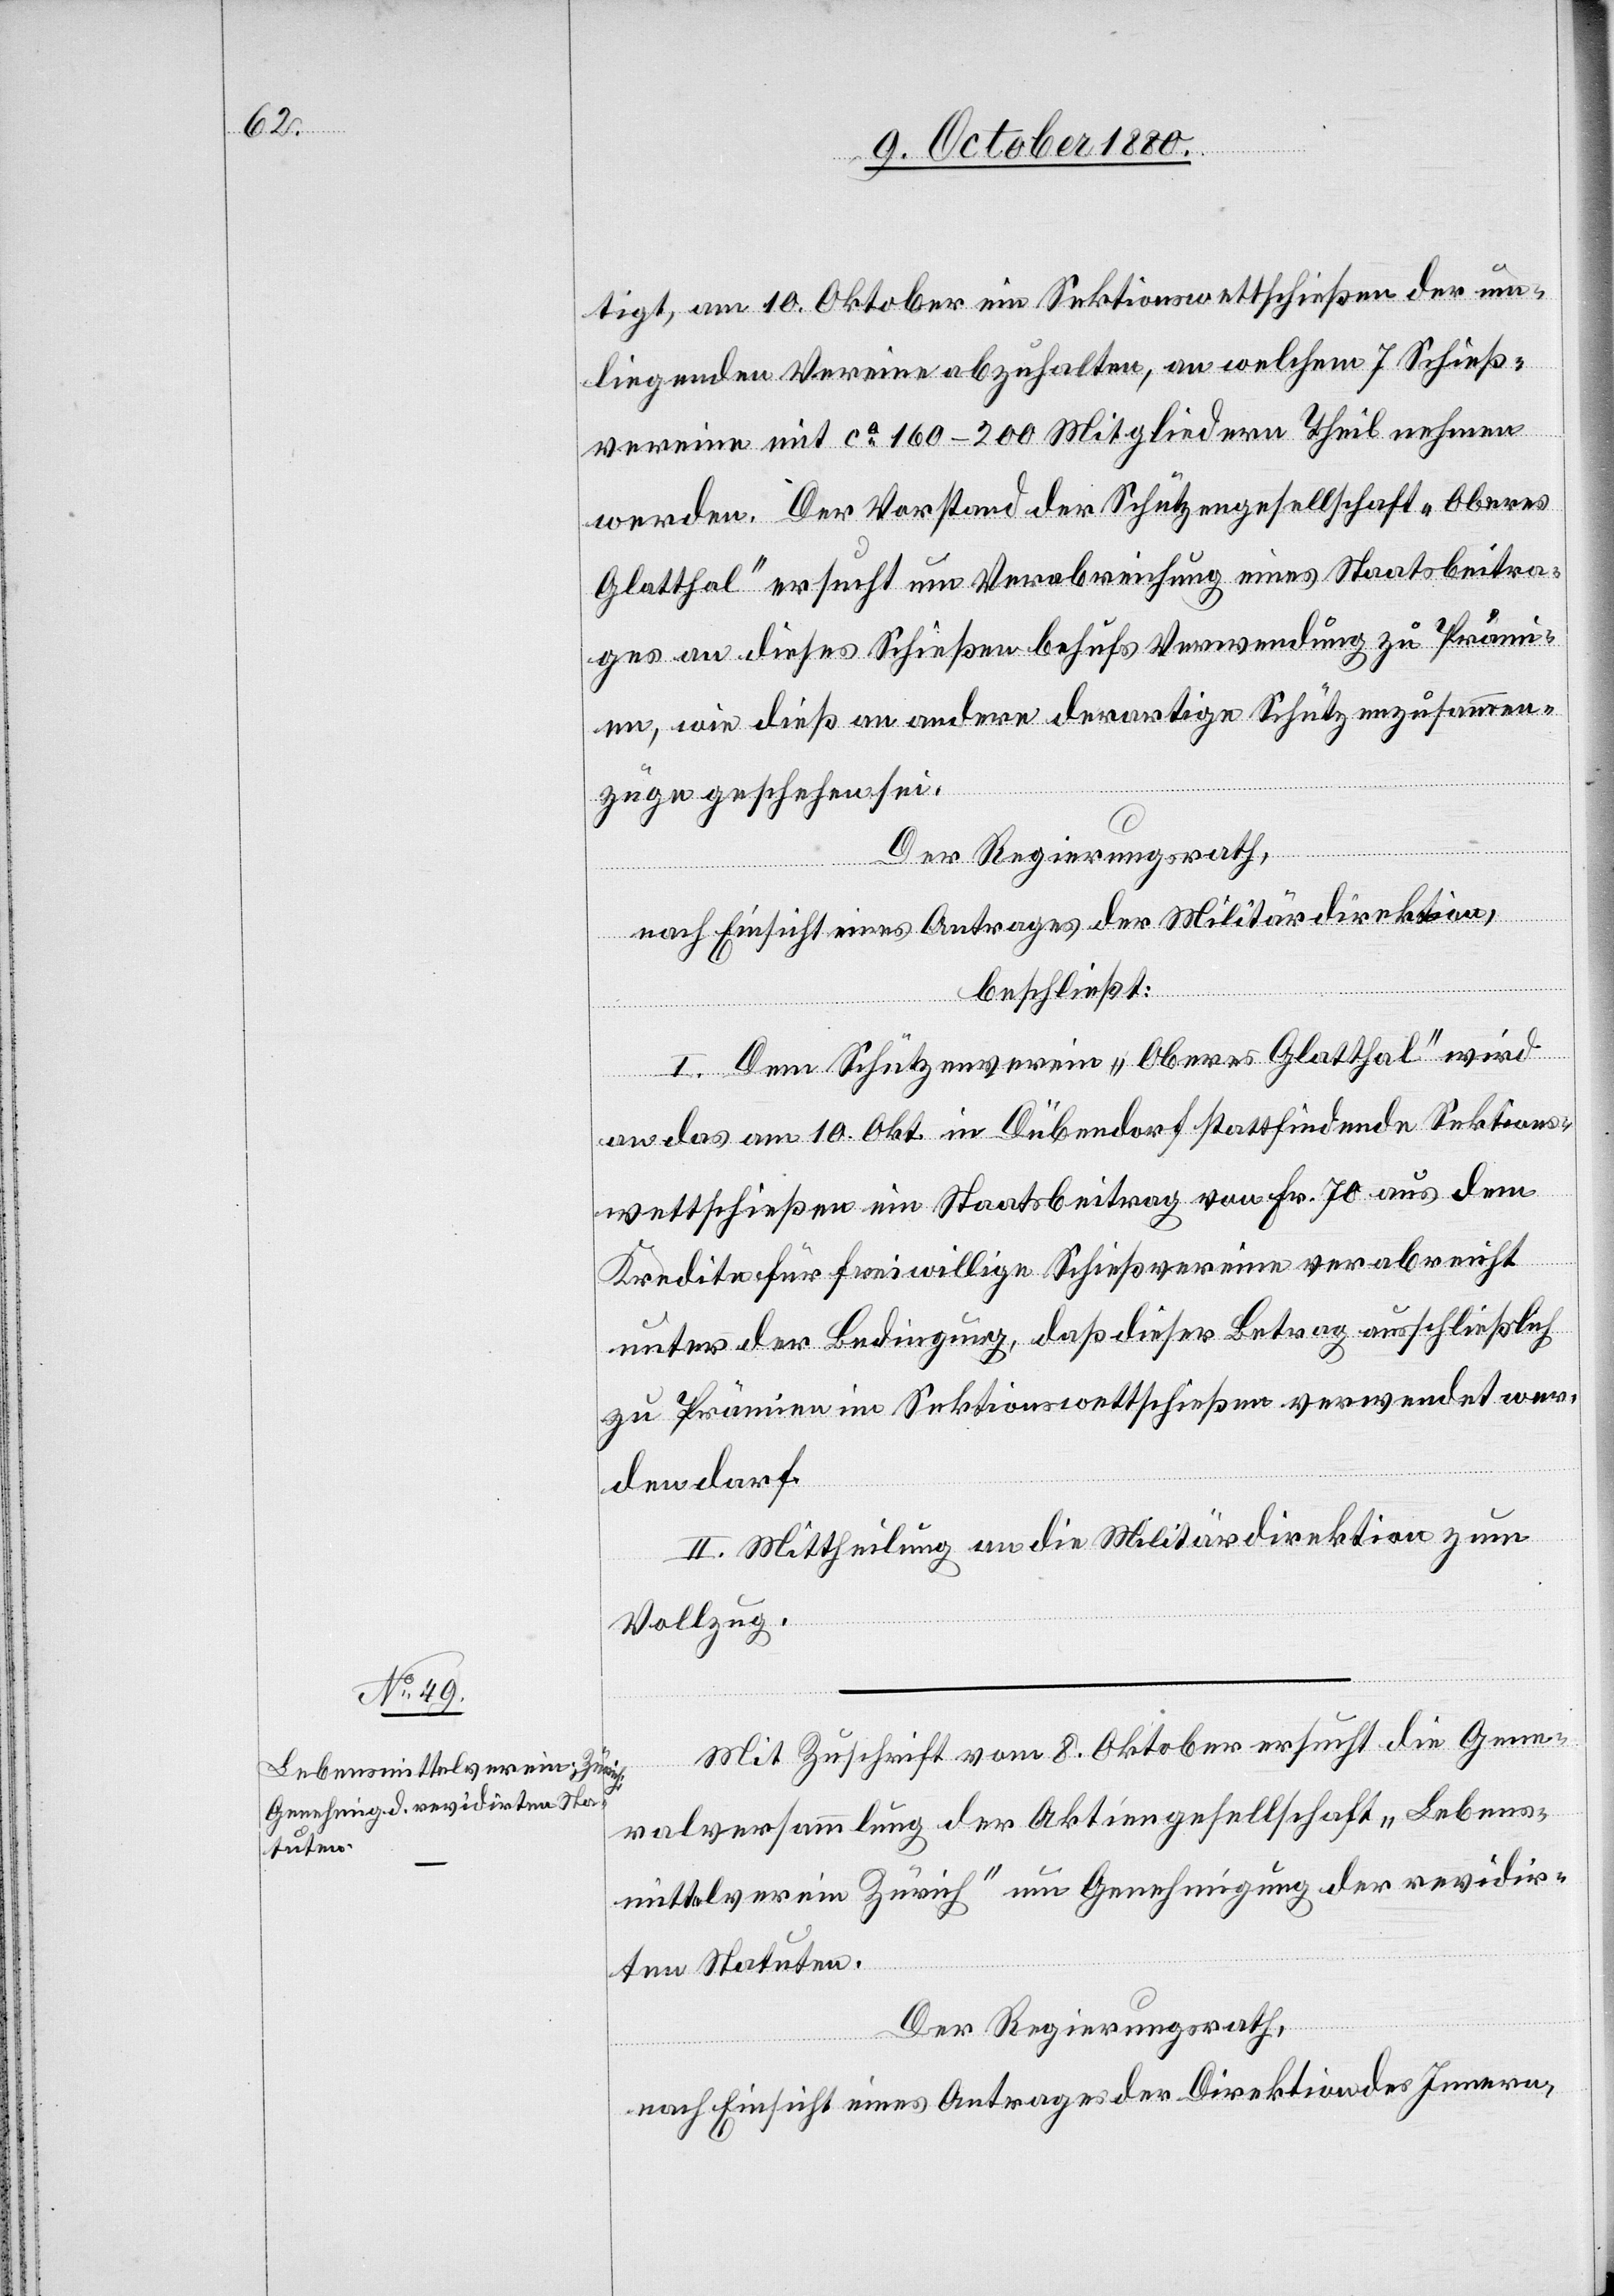
tigt, am 10. Oktober ein Sektionswettschießen der um¬
liegenden Vereine abzuhalten, an welchem 7 Schieß¬
vereine mit ca 160–200 Mitgliedern Theil nehmen
werden. Der Vorstand der Schützengesellschaft „Oberes
Glatthal“ ersucht um Verabreichung eines Staatsbeitra¬
ges an dieses Schießen behufs Verwendung zu Prämi¬
en, wie dieß an andere derartige Schützenzusammen¬
züge geschehen sei.
Der Regierungsrath,
nach Einsicht eines Antrages der Militärdirektion,
beschließt:
I. Dem Schützenverein „Oberes Glatthal“ wird
an das am 10. Okt. in Dübendorf stattfindende Sektions¬
wettschießen ein Staatsbeitrag von Fr. 70 aus dem
Kredite für freiwillige Schießvereine verabreicht
unter der Bedingung, daß dieser Betrag ausschließlich
zu Prämien im Sektionswettschießen verwendet wer¬
den darf.
II. Mittheilung an die Militärdirektion zum
Vollzug.
Mit Zuschrift vom 8. Oktober ersucht die Gene¬
ralversammlung der Aktiengesellschaft „Lebens¬
mittelverein Zürich“ um Genehmigung der revidir¬
ten Statuten.
Der Regierungsrath,
nach Einsicht eines Antrages der Direktion des Innern,